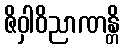
ဇိဝှါဝိညာဏန္တိ